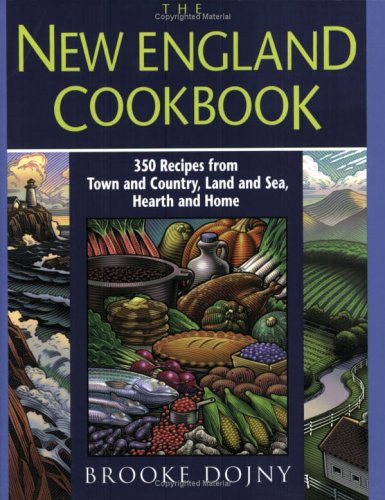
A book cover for The New England Cookbook: 350 Recipies from Town and Country, Land and Sea, Hearth and Home; Brooke Dojny; Cookbooks, Food & Wine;